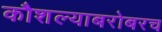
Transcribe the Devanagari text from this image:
कौशल्याबरोबरच